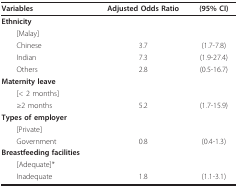
| Variables | Adjusted Odds Ratio | (95% CI) |
 | --- | --- | --- |
 | Ethnicity |  |  |
 | [Malay] |  |  |
 | Chinese | 3.7 | (1.7-7.8) |
 | Indian | 7.3 | (1.9-27.4) |
 | Others | 2.8 | (0.5-16.7) |
 | Maternity leave |  |  |
 | [< 2 months] |  |  |
 | ≥2 months | 5.2 | (1.7-15.9) |
 | Types of employer |  |  |
 | [Private] |  |  |
 | Government | 0.8 | (0.4-1.3) |
 | Breastfeeding facilities |  |  |
 | [Adequate]* |  |  |
 | Inadequate | 1.8 | (1.1-3.1) |